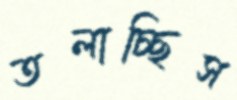
তলাচ্ছিস